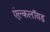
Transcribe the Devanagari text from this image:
एंल्कलॉयड